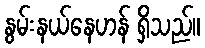
နွမ်းနယ်နေဟန် ရှိသည်။